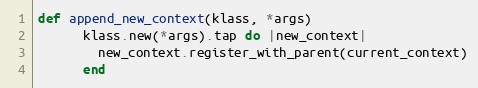
Language: Ruby
def append_new_context(klass, *args)
      klass.new(*args).tap do |new_context|
        new_context.register_with_parent(current_context)
      end